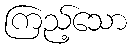
ကြည့်သော